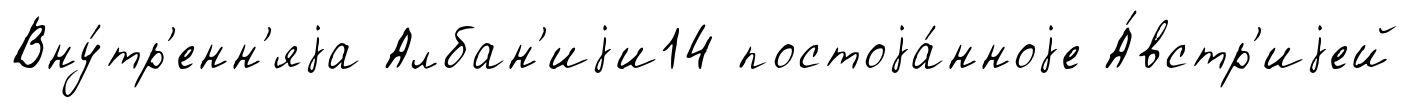
Вну́тр'енн'яjа Албан'иjи14 постоjа́нноjе А́встр'иjей